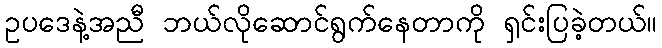
ဥပဒေနဲ့အညီ ဘယ်လိုဆောင်ရွက်နေတာကို ရှင်းပြခဲ့တယ်။